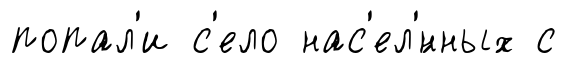
попал'и с'ело нас'ел'́нных с